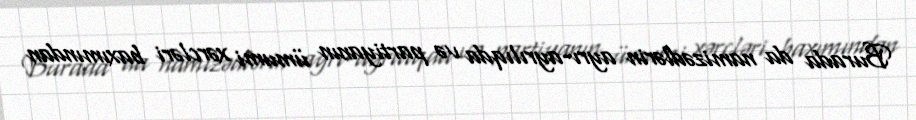
Burada da namizədlərin ayrı-ayrılıqda və partiyanın ümumi xərcləri baxımından